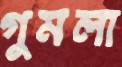
গুমলা